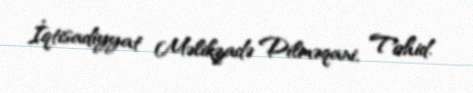
İqtisadiyyat Məlikzadə Dilməqani, Tohid.